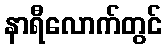
နာရီလောက်တွင်